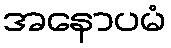
အနောပမံ